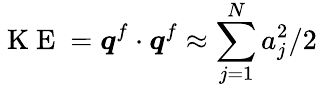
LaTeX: \mathrm{~K~E~}=\boldsymbol{q}^{f}\cdot\boldsymbol{q}^{f}\approx\sum_{j=1}^{N}a_{j}^{2}/2